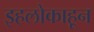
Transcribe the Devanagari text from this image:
इहलोकाहून